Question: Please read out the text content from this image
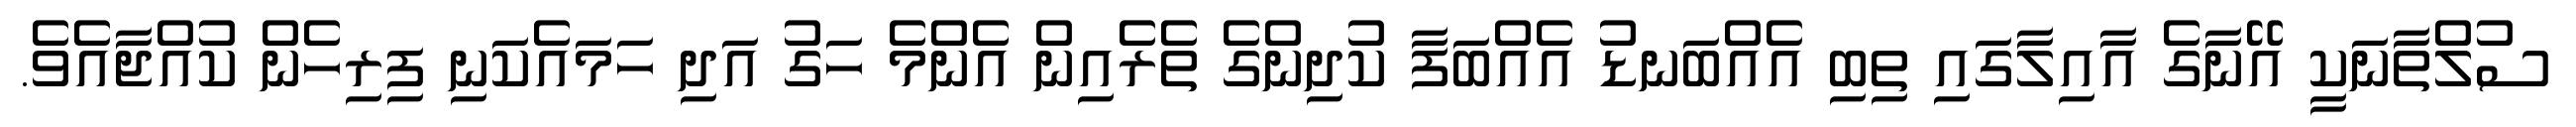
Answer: ސުލްތާނަކީ އޭނާގެ އާއިލާގައި ތިބި އެއްބަނޑު އެއްބަފާ ކުދިންގެ ތެރެއިން އެންމެ ހަގު އަދި ހަމައެކަނި ފިރިހެން ކުއްޖާއެވެ.